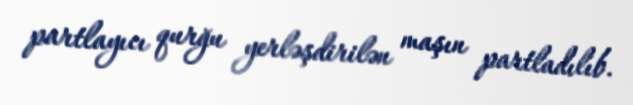
partlayıcı qurğu yerləşdirilən maşın partladılıb.